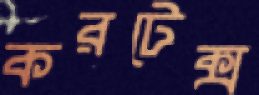
করটেক্স